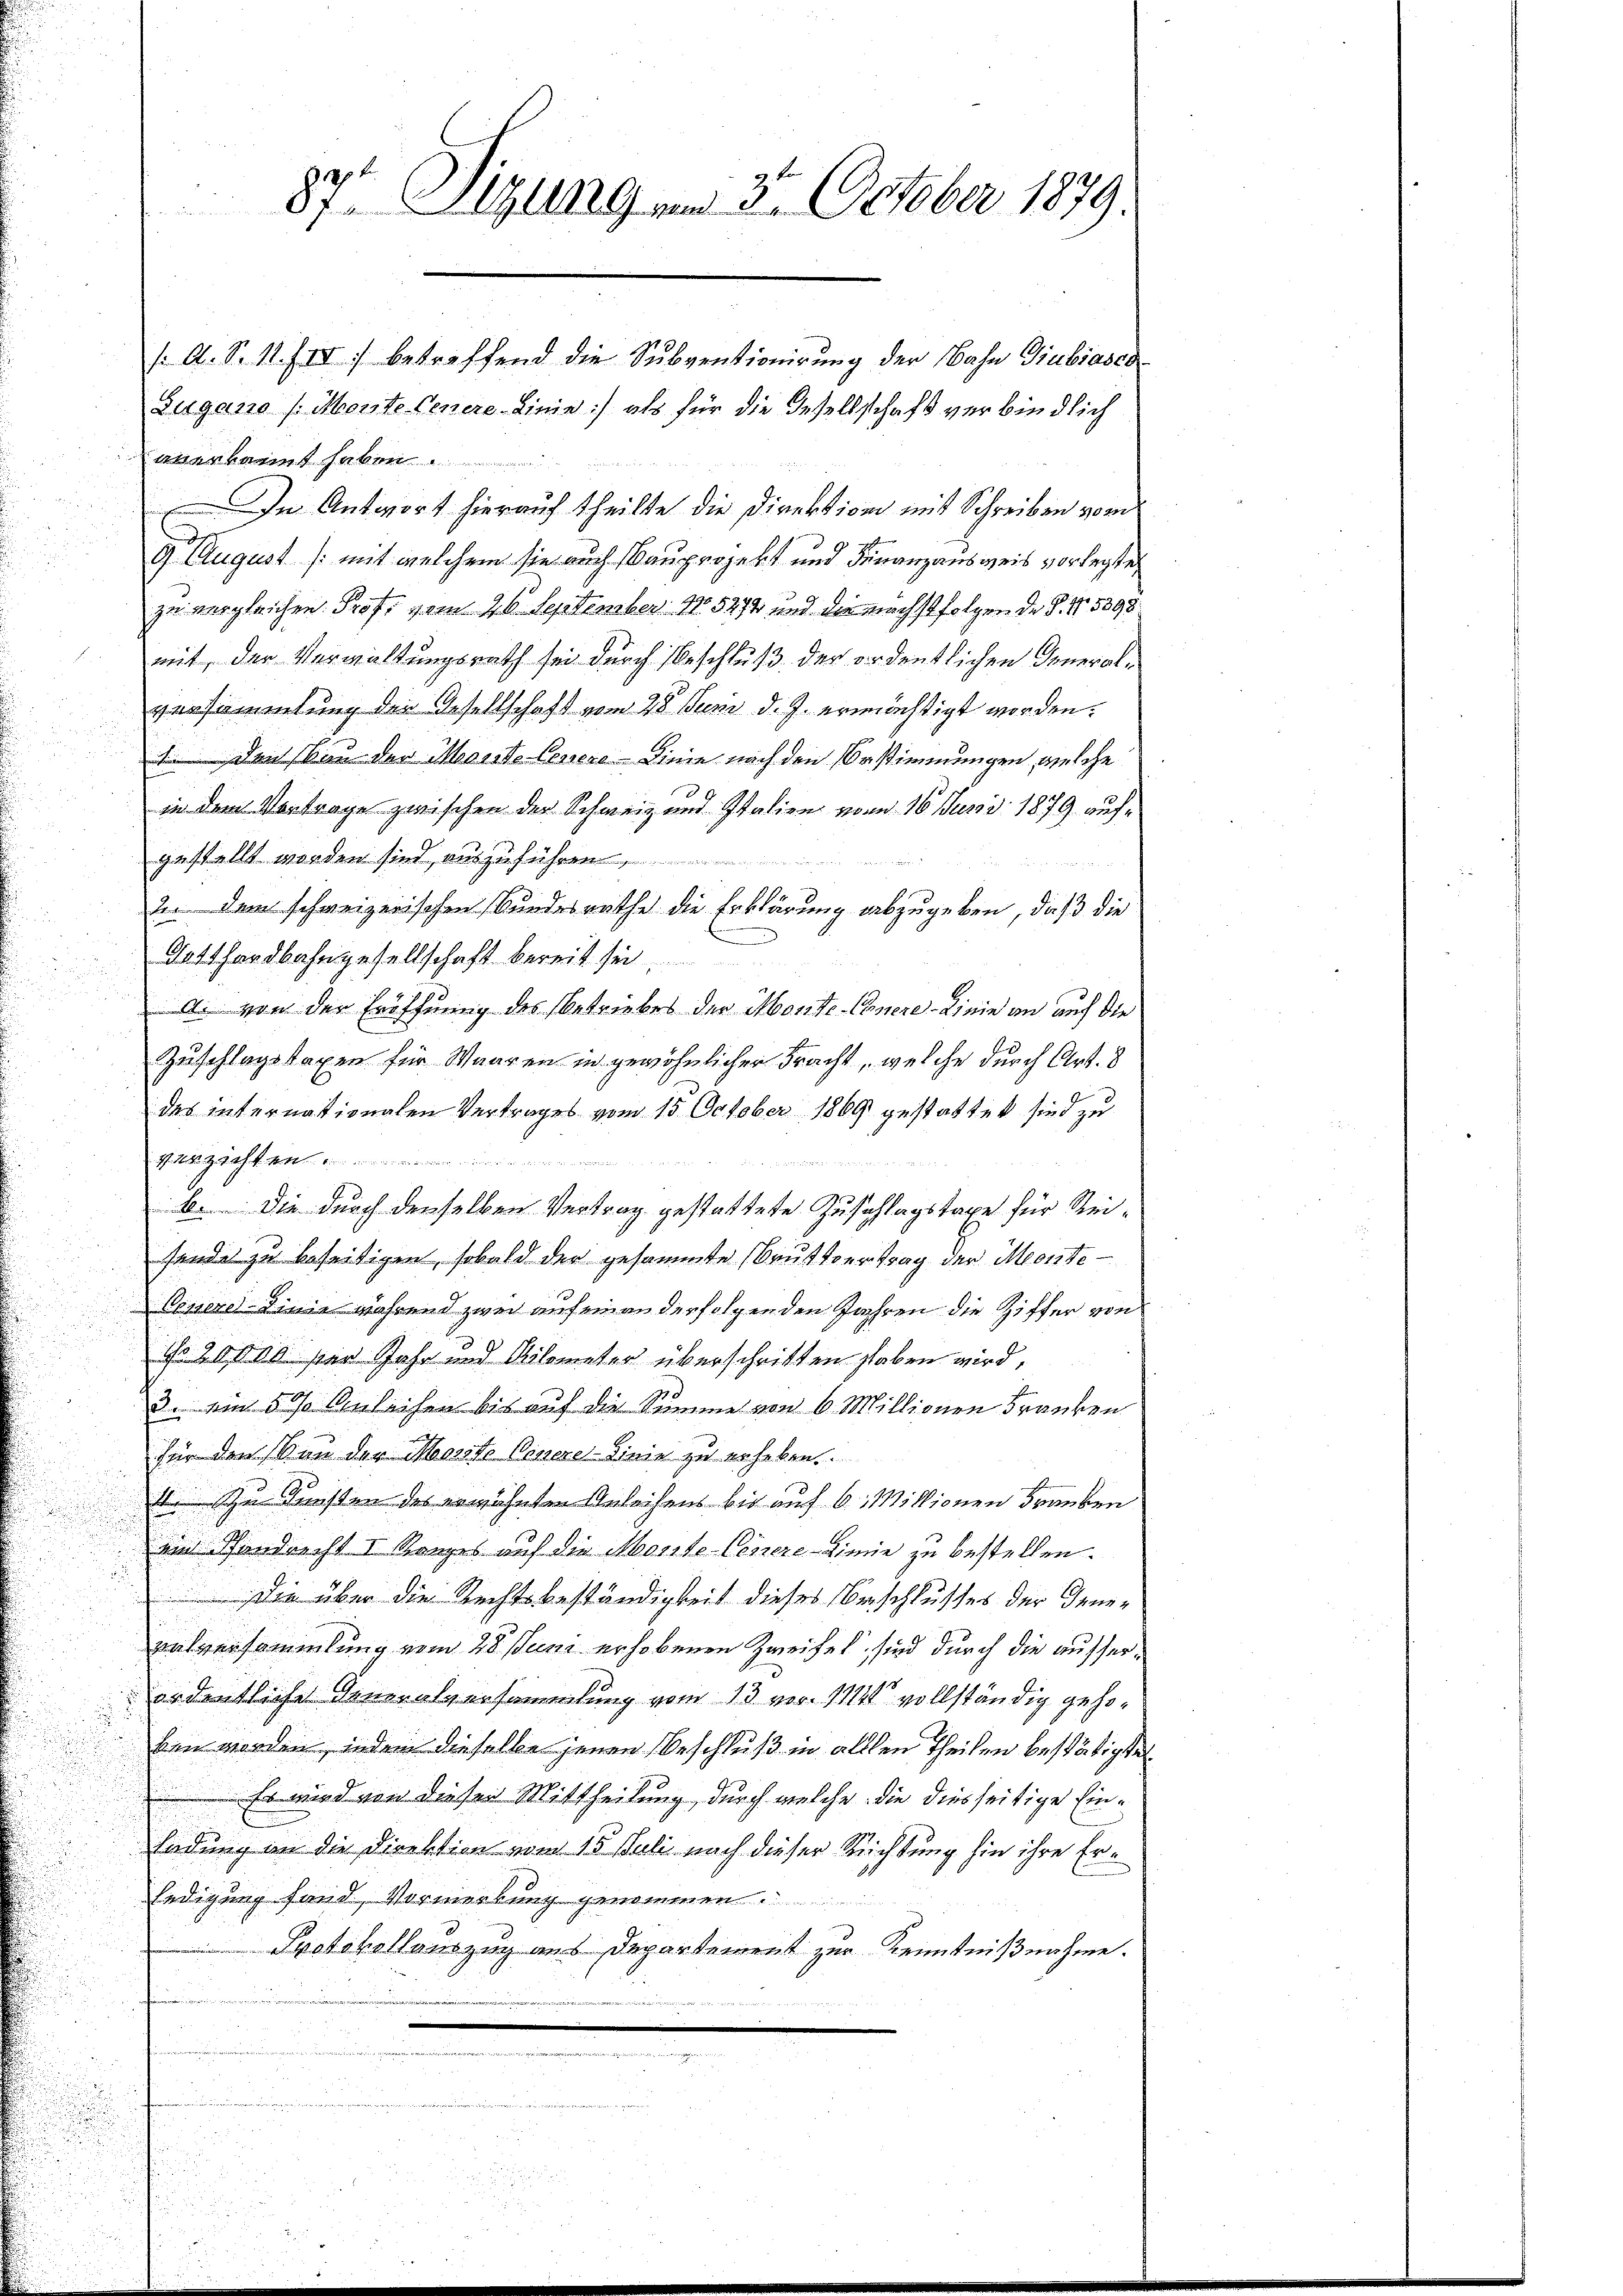
87t Sitzung am 3. October 1879.

s A. S. 11. IV. betreffend die Subventionirung der Nahn Giubiasca
Zugano (Monte Genere Linie) als für die Gesellschaft verbindlich
anerkannt haben.
 In Antwort hierauf theilte die Direktion mit Schreiben vom
9 August /: mit welchem sie auch Bauprojekt und Finanzausweis vorlegte,
zu vergleichen Prof. vom 26. September 15272 und die nächstfolgende S. 15898
mit, der Verwaltungsrath sei durch Beschluß der ordentlichen Generalversammlung der Gesellschaft vom 28. Juni d. J. ermächtigt worden.
 Den Bau der Marste Covere Linie nach den Erstimmungen, welche
in dem Vortrage zwischen der Schweiz und Italien vom 16. Juni 1879 aufgestellt worden sind auszuführen
2. dem schweizerischen Bundesrathe die Erklärung abzugeben, daß die
Datthardbahngesellschaft bereit sei
A. von der Eröffnung des betriebes der Monte-Chinere Linie an auf die
Zuschlagstaxen für Waaren in gewöhnlicher Fracht, welche durch Art. 8
des internationalen Vertrages vom 15. October 1869 gestattet sind zu
 N. Z. 4. M.
b. Die durch denselben Vertrag gestattete Zuschlagstaxe für Reisendes zu beseitigen, sobald der gesammte (Bruttvertrag der Monte¬
Cossere Linie während zwei auf einen derfolgenden Jahren die Ziffer von
Nr. 20000 per Jahr und Kilometer überschritten haben wird,
3. ein 5% Anleihen bis auf die Summe von 6. Millionen Franken
für dem von der Mento Venere-Sinie zu erheben.
1 u Kunsten des erwähnten Anleihens bis auf 6. Millionen Franken

und Pfandrecht I Ranges auf die Monte-Cenere Linie zu bestellen.
 Die über die Rechtsbeständigkeit dieses Beschlusses der Genevalversammlung vom 28. Juni erhobenen Zweifel, sind durch die ausserordentliche Generalversammlung vom 13 vor. 114 vollständig geho¬
.
ben worden, indem dieselbe jenen Beschluß in allen Theilen bestätigten
 Es wird von dieser Mittheilung, durch welche die diesseitige Ein¬
Endung an die Direktion vom 15. Juli nach dieser Richtung hin ihre Erledigung fand, Vormerkung genommen.
Protokollauszug aus Departement zur Kenntnißnahme.
L